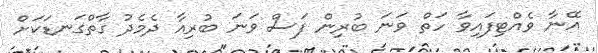
އޭނާ ވެއްޓިފައިވާ ހަތް ވަނަ ބުރިން ފަސް ވަނަ ބުރިއާ ދެމެދު ގާތްގަނޑަކަށް